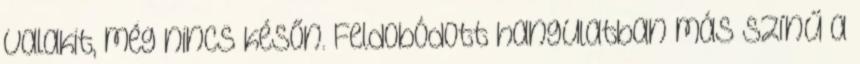
valakit, még nincs későn. Feldobódott hangulatban más színű a